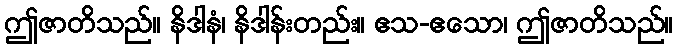
ဤဇာတိသည်။ နိဒါနံ၊ နိဒါန်းတည်း။ ဧသ-ဧသော၊ ဤဇာတိသည်။